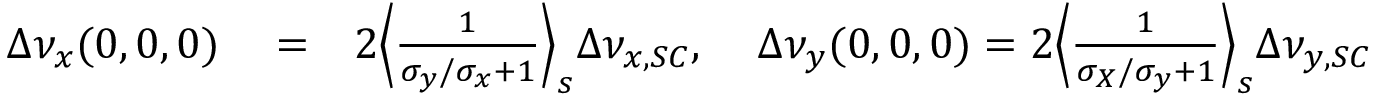
\begin{array} { r l r } { \Delta \nu _ { x } ( 0 , 0 , 0 ) } & { { } = } & { 2 \Big \langle \frac { 1 } { \sigma _ { y } / \sigma _ { x } + 1 } \Big \rangle _ { s } \Delta \nu _ { x , S C } , \; \; \; \; \Delta \nu _ { y } ( 0 , 0 , 0 ) = 2 \Big \langle \frac { 1 } { \sigma _ { X } / \sigma _ { y } + 1 } \Big \rangle _ { s } \Delta \nu _ { y , S C } } \end{array}